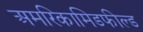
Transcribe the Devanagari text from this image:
अमरिकामिडफील्‍ड